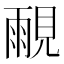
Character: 𰴒